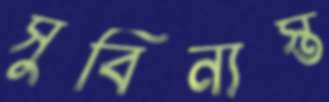
সুবিন্যস্ত